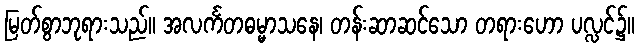
မြတ်စွာဘုရားသည်။ အလင်္ကတဓမ္မာသနေ၊ တန်းဆာဆင်သော တရားဟော ပလ္လင်၌။